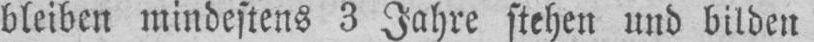
bleiben mindestens 3 Jahre stehen und bilden